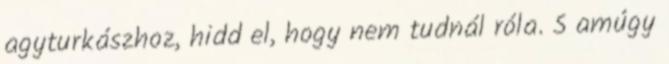
agyturkászhoz, hidd el, hogy nem tudnál róla. S amúgy